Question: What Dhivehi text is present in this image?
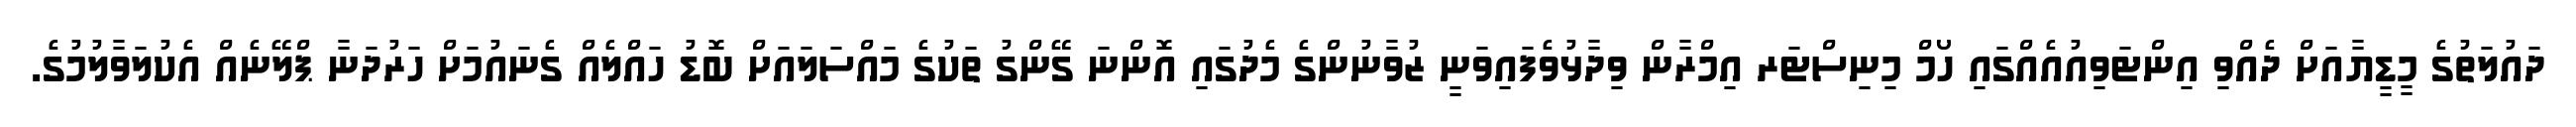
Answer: ދައުލަތުގެ މީޑީޔާއަށް ދެއްވި އިންޓަވިއުއެއްގައި ހޯމް މިނިސްޓަރ އިމްރާން ވިދާޅުވެފައިވަނީ ޒުވާނުންގެ މެދުގައި އޮންނަ ގޭންގު ތަކުގެ މައްސަލައަށް ބޮޑު ހައްލެއް ގެނައުމަށް ހަރުދަނާ ޕްލޭނެއް އެކުލަވާލުމުގެ.